Indian journal of veterinary science and animal husbandry - Volume 3,
Year: 1933
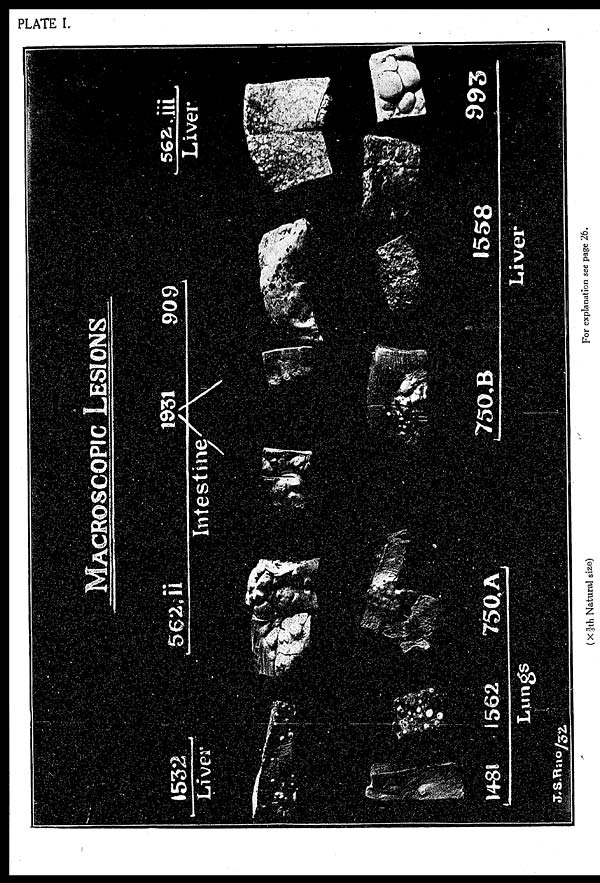
PLATE I.
(× ¾th Natural size)
For explanation see page 26.